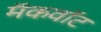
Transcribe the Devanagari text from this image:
मॅकवॉट